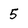
Character: 5